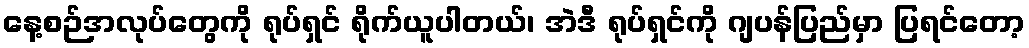
နေ့စဉ်အလုပ်တွေကို ရုပ်ရှင် ရိုက်ယူပါတယ်၊ အဲဒီ ရုပ်ရှင်ကို ဂျပန်ပြည်မှာ ပြရင်တော့